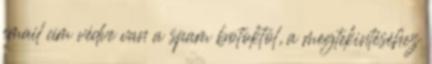
email cím védve van a spam botoktól, a megtekintéséhez